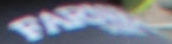
FAR